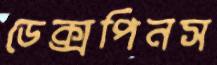
ডেক্সপিনস